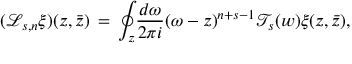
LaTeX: ( \mathcal { L } _ { s , n } \xi ) ( z , \bar { z } ) \, = \, { \oint _ { z } } { \frac { d \omega } { 2 \pi i } { ( \omega - z ) } ^ { n + s - 1 } \mathcal { T } _ { s } ( w ) \xi ( z , \bar { z } ) } ,